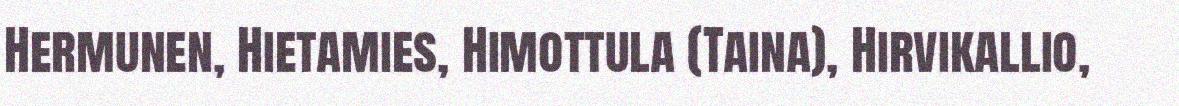
Hermunen, Hietamies, Himottula (Taina), Hirvikallio,